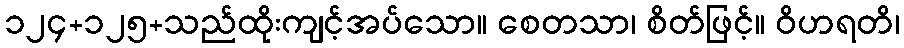
၁၂၄+၁၂၅+သည်ထိုးကျင့်အပ်သော။ စေတသာ၊ စိတ်ဖြင့်။ ဝိဟရတိ၊